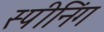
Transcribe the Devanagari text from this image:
स्पीनिंग